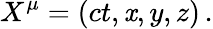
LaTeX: X^{\mu}=(ct,\mathit{x},y,z)\, .